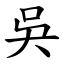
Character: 吳